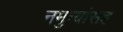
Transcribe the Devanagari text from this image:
नमुन्यांसह